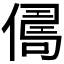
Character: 𠍻